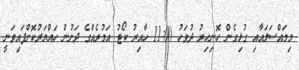
މިމައްސަލައާއި ގުޅިގެން ހޮނިހިރު ދުވަހު 11:00 ހާއިރު ކޯޓު އަމުރެއްގެ ދަށުން ހައްޔަރުކޮށްފައިވަނީ